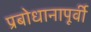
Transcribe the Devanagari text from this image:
प्रबोधानापूर्वी